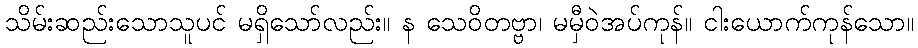
သိမ်းဆည်းသောသူပင် မရှိသော်လည်း။ န သေဝိတဗ္ဗာ၊ မမှီဝဲအပ်ကုန်။ ငါးယောက်ကုန်သော။